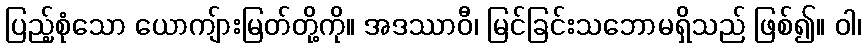
ပြည့်စုံသော ယောကျ်ားမြတ်တို့ကို။ အဒဿာဝီ၊ မြင်ခြင်းသဘောမရှိသည် ဖြစ်၍။ ဝါ၊